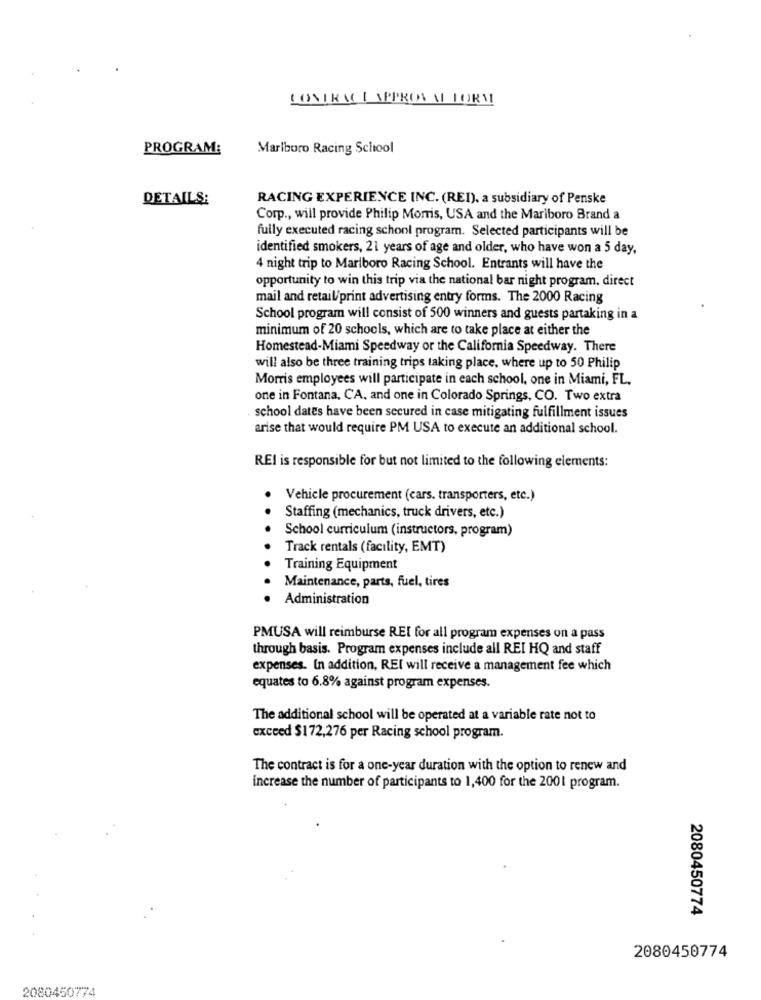
CONTRAC LAPPROSA FORM
PROGRAM:
Marlboro Racing School
DETAILS:
RACING EXPERIENCE INC. (REI), a subsidiary of Penske
Corp ., will provide Philip Morris, USA and the Mariboro Brand a
fully executed racing schonl program. Selected participants will be
identified smokers, 21 years of age and older, who have won a 5 day,
4 night trip to Marlboro Racing School. Entrants will have the
opportunity to win this trip via the national bar night program, direct
mail and retail/print advertising entry forms. The 2000 Racing
School program will consist of 500 winners and guests partaking in a
minimum of 20 schools, which are to take place at either the
Homestead-Miami Speedway or the California Speedway. There
will also be three training trips taking place, where up to 50 Philip
Morris employees will participate in each school, one in Miami, FL.
one in Fontana, CA, and one in Colorado Springs, CO. Two extra
school dates have been secured in case mitigating fulfillment issues
arise that would require PM USA to execute an additional school.
REI is responsible for but not limited to the following elements:
Vehicle procurement (cars. transporters, etc.)
Staffing (mechanics, truck drivers, etc.)
School curriculum (instructors, program)
Track rentals (facility, EMT)
Training Equipment
Maintenance, parts, fuel, tires
Administration
PMUSA will reimburse REI for all program expenses on a pass
through basis. Program expenses include all REI HQ and staff
expenses. In addition, REI will receive a management fee which
equates to 6.8% against program expenses.
The additional school will be operated at a variable rate not to
exceed $172,276 per Racing school program.
The contract is for a one-year duration with the option to renew and
increase the number of participants to 1,400 for the 2001 program.
2080450774
2080450774
2080450774